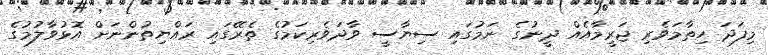
މިފަދަ ހިތާމަވެރި ޖަރީމާއެއް ދީނުގެ ނަމުގައި ސިޔާސީ ވާދަވެރިކަމުގެ ތެރޭގައި ރައްޔިތުންނަށް އޮޅުވާލުމުގެ